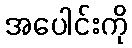
အပေါင်းကို